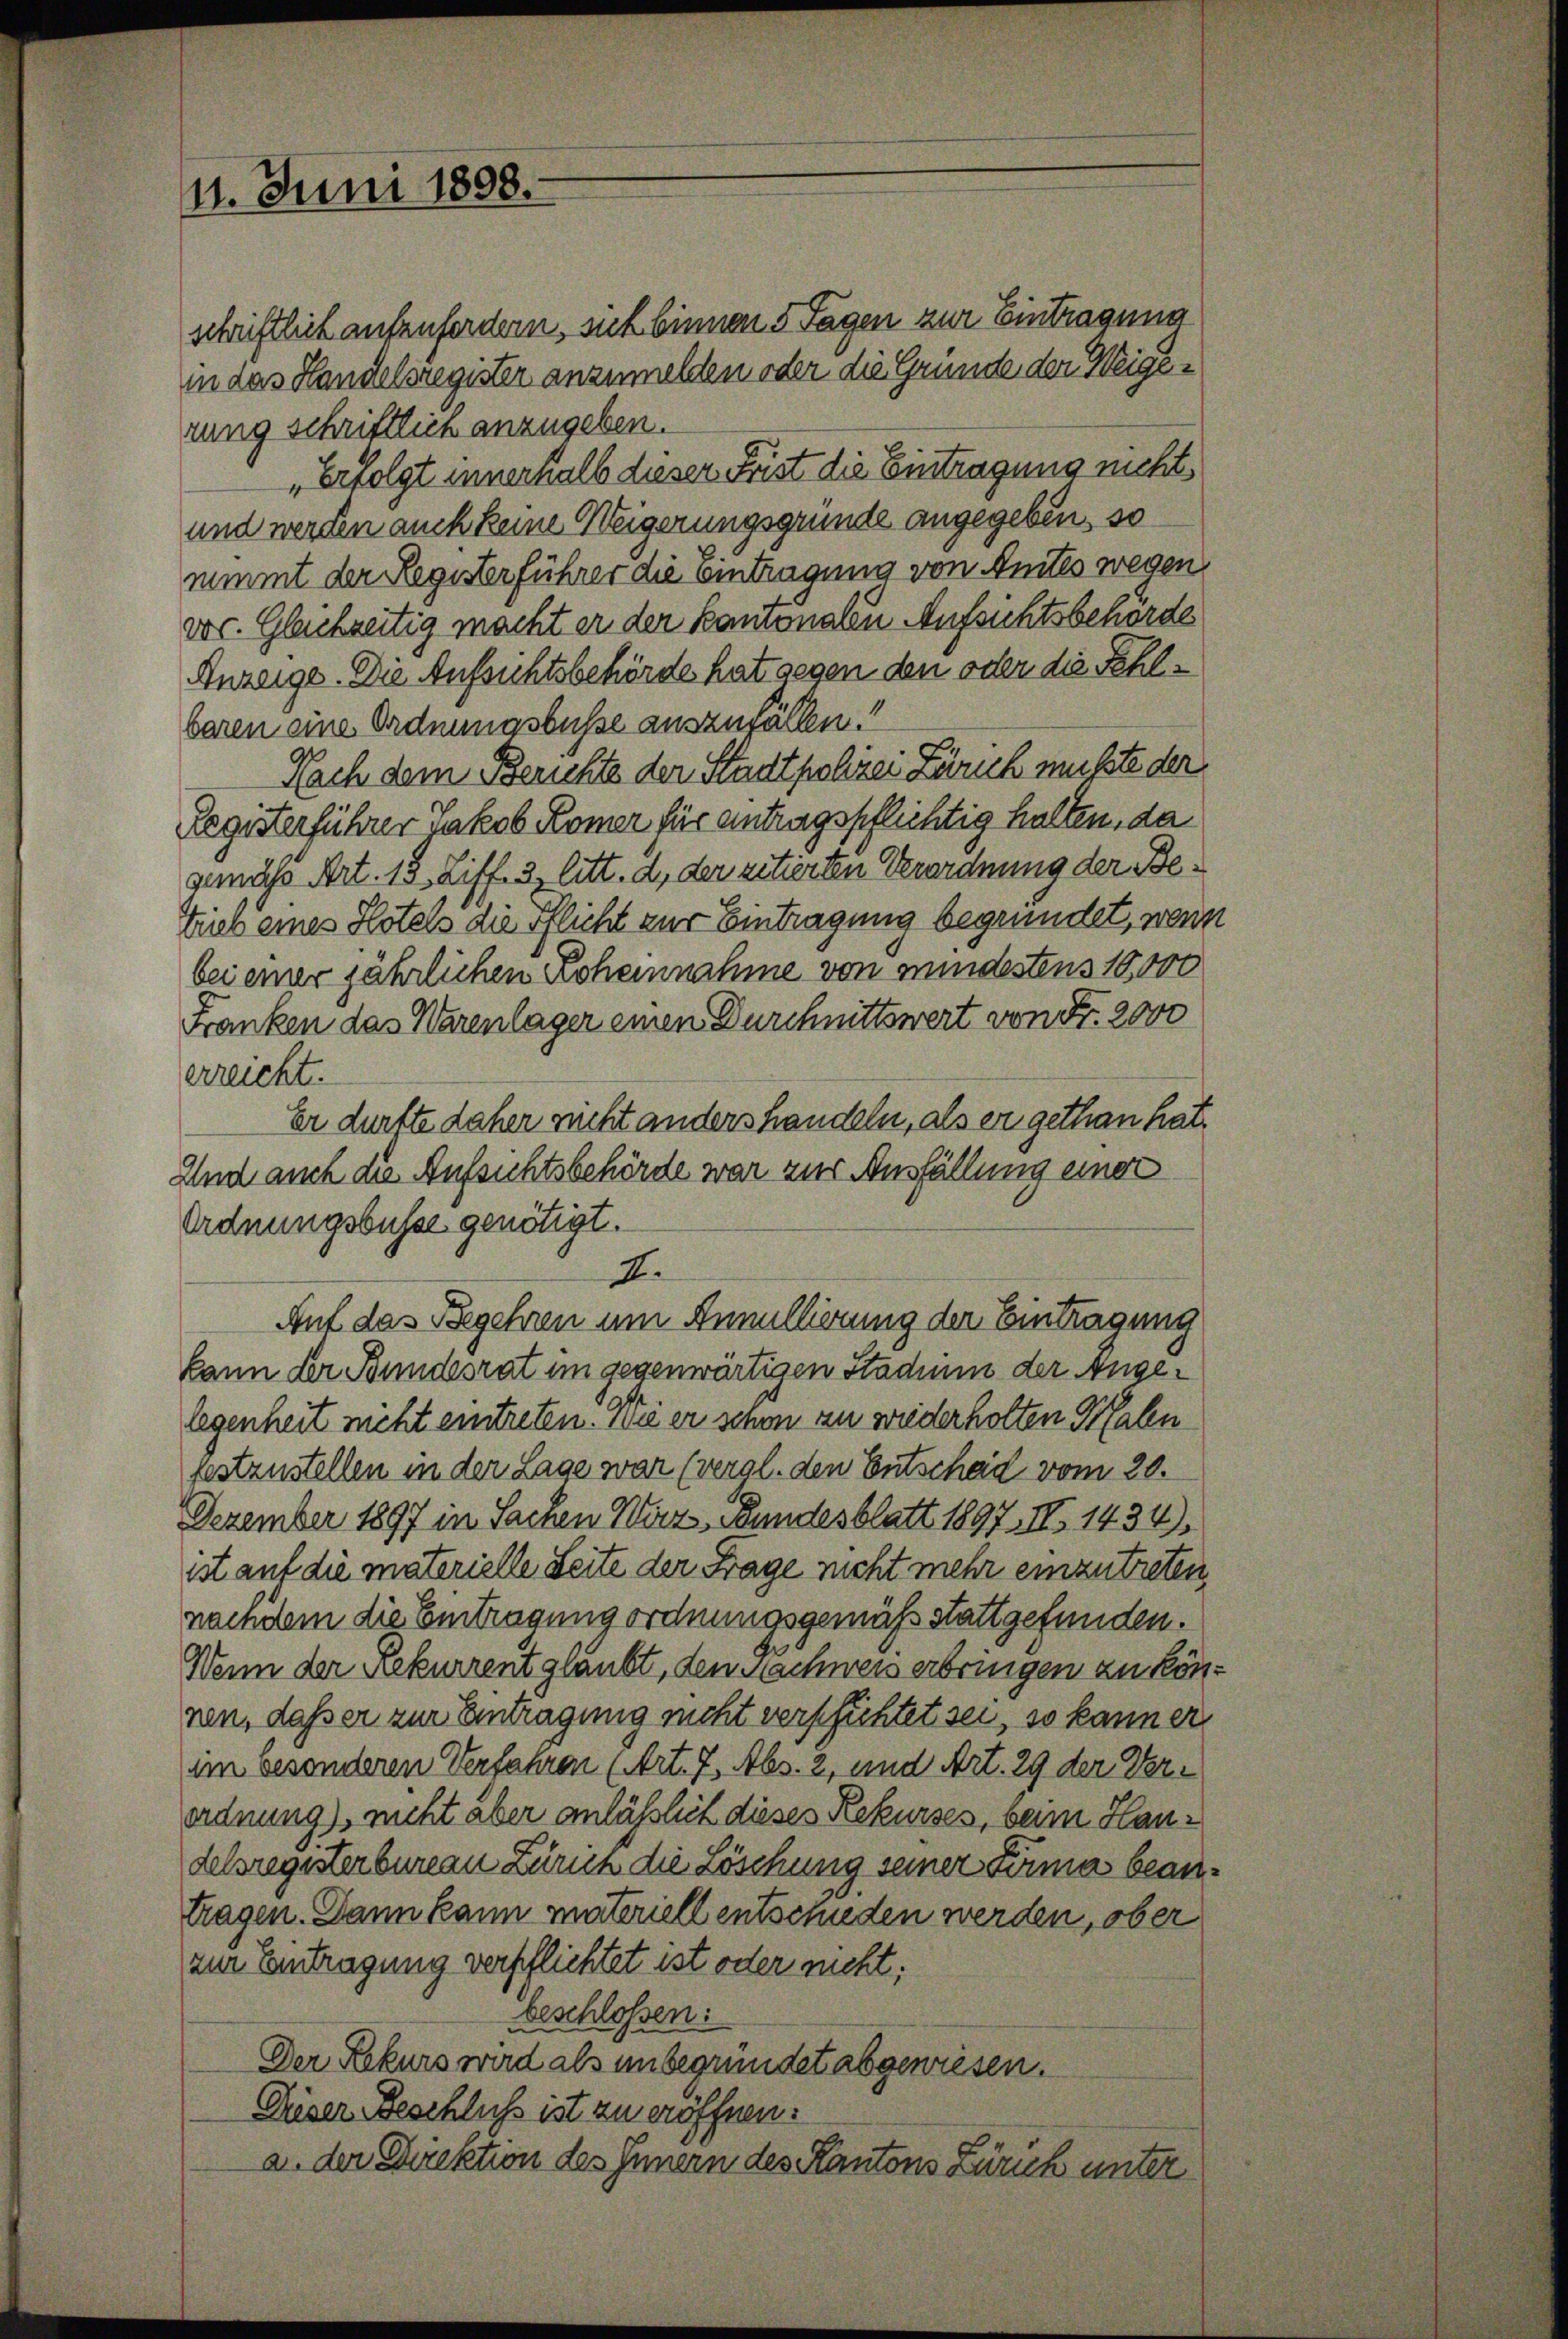
11. Juni 1898.

schriftlich aufzufordern, sich binnen 5 Tagen zur Eintragung
in das Handelsregister anzumelden oder die Gründe der Weigerung schriftlich anzugeben.
„Erfolgt innerhalb dieser Frist die Eintragung nicht
und werden auch keine Weigerungsgründe angegeben, so
nimmt der Registerführer die Eintragung von Anites wegen
voc. Gleichzeitig macht er der kantonalen Aufsichtsbehörde
Anzeige. Die Aufsichtsbehörde hat gegen den oder die Fehlbaren eine Ordnungsbusse auszufällen.“
Nach dem Berichte der Stadtpolizei Zürich musste der
Registerführer Jakob Komer für antragspflichtig halten, da
gemäss Art. 15, Ziff. 3 litt. d, der ritierten Verordnung der Betrieb eines Hotels die Pflicht zur Eintragung begründet, wenn
bei einer jährlichen Loheinnahme von mindestens 10,000
Franken das Warenlager einen Durchnittswert von Fr. 2000
erreicht.
Er dürfte daher nicht anders handeln, als er gethan hat.
Und auch die Aufsichtsbehörde war zur Ausfällung einer
Ordnungsbusse genötigt.
I.
Auf das Begehren um Annullierung der Eintragung
kann der Bundesrat im gegenwärtigen Stadium der Angelegenheit nicht eintreten. Wie er schon zu wiederholten Malen
festzustellen in der Lage war (vergl. den Entscheid vom 20.
Dezember 1897 in Sachen Wirz, Bundesblatt 1897, II 1434)
ist auf die materielle Seite der Frage nicht mehr einzutreten
nachdem die Eintragung ordnungsgemäß stattgefunden.
Wenn der Rekurrent glaubt, den Nachweis erbringen zu können, daß er zur Antragung nicht verschichtet sei, so kann er
im besonderen Verfahren (Art. 7, Abs. 2, und Art. 29 der Verordnung), nicht aber anläßlich dieses Rekurses, beim Haudelsregisterbureau Zürich die Löschung seiner Firma beantragen. Dann kann materiell entschieden werden, ober
zur Eintragung verpflichtet ist oder nicht:
beschloßen:
Der Rekurs wird als unbegründet abgewiesen.
Criser Beschluss ist zu eröffnen.
a. der Direktion des Innern des Kantons Zürich unter